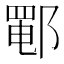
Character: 𰻵